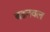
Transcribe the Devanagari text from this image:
बडनवल